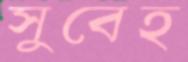
সুবেহ